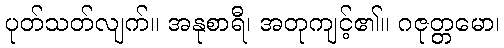
ပုတ်သတ်လျက်။ အနုစာရီ၊ အတုကျင့်၏။ ဂဇုတ္တမော၊